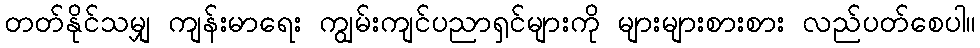
တတ်နိုင်သမျှ ကျန်းမာရေး ကျွမ်းကျင်ပညာရှင်များကို များများစားစား လည်ပတ်စေပါ။